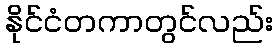
နိုင်ငံတကာတွင်လည်း